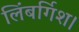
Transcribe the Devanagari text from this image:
लिंबर्गिश।